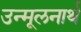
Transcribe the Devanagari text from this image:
उन्मूलनार्थ